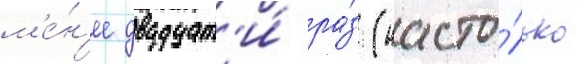
м'е́н'ее двадцат'и́ ра́з (насто́лько